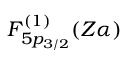
F _ { 5 p _ { 3 / 2 } } ^ { ( 1 ) } ( Z \alpha )